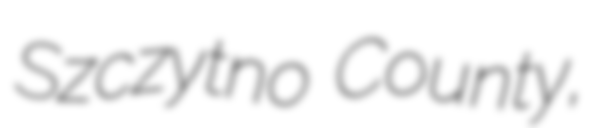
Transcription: Szczytno County,